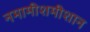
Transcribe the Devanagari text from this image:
नमामीशमीशान